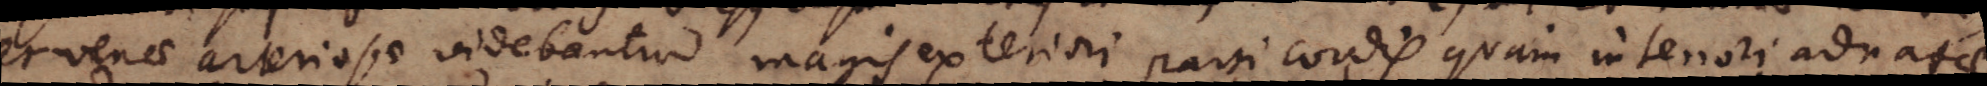
et venae arteriosae videbantur magis exteriori parti cordis quam interiori adnatae,